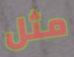
مثل